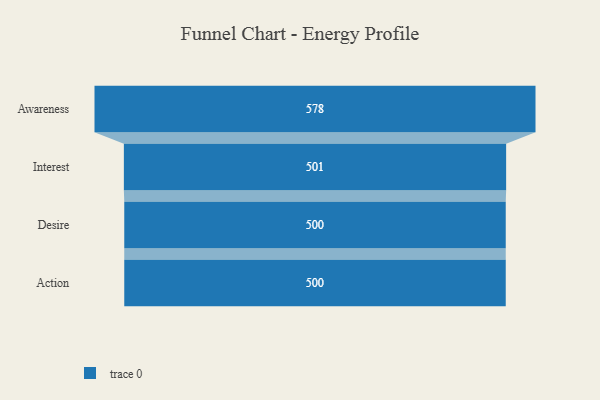
{"axis": {"x": "Stage", "y": "Value"}, "legend": [""], "data": [{"x": "Awareness", "y": 578.0, "type": ""}, {"x": "Interest", "y": 501.0, "type": ""}, {"x": "Desire", "y": 500, "type": ""}, {"x": "Action", "y": 500, "type": ""}]}